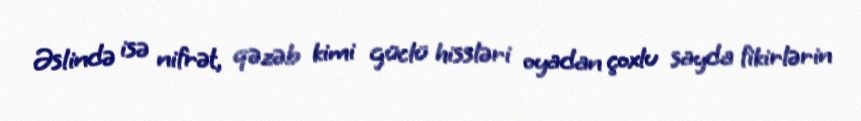
Əslində isə nifrət, qəzəb kimi güclü hissləri oyadan çoxlu sayda fikirlərin